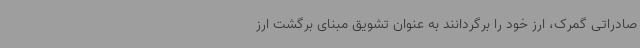
صادراتی گمرک، ارز خود را برگردانند به عنوان تشویق مبنای برگشت ارز